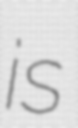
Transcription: is